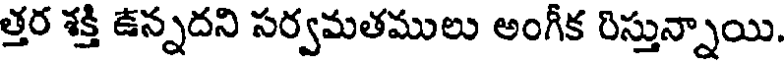
త్తర శక్తి ఉన్నదని సర్వమతములు అంగీక రిస్తున్నాయి.